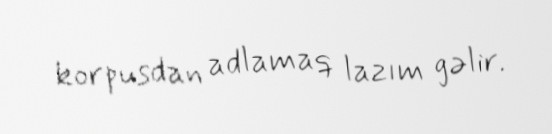
korpusdan adlamaq lazım gəlir.